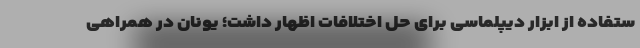
ستفاده از ابزار دیپلماسی برای حل اختلافات اظهار داشت؛ یونان در همراهی